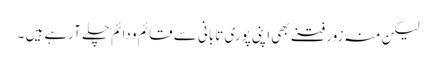
لیکن منہ زور فتنے بھی اپنی پوری تابانی سے قائم و دائم چلے آرہے ہیں ۔